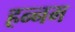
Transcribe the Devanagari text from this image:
हन्नम